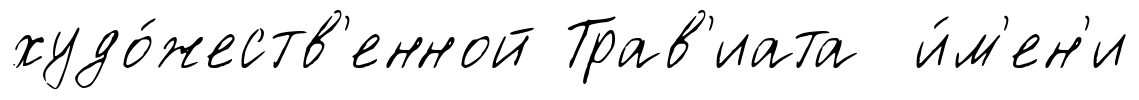
худо́жеств'енной Трав'иата и́м'ен'и